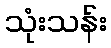
သုံးသန်း